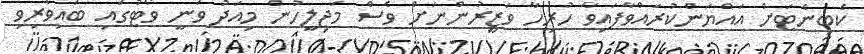
ކެބިނެޓަށް އައްޔަންކުރައްވާފައިވާ ހުރިހާ ވަޒީރުންނަށް ވެސް މަޖިލީހުން މިއަދު ވަނީ ވޯޓުގައި ބައިވެރިވި